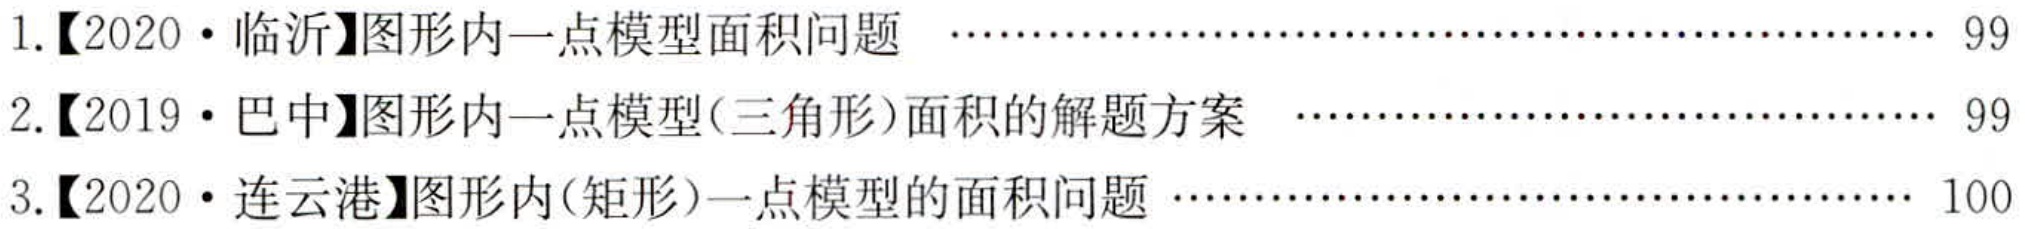
1.【2020 • 临沂】图形内一点模型面积问题  ……………………………………………… 99
2.【2019 • 巴中】图形内一点模型(三角形)面积的解题方案  ……………………………………… 99
3.【2020 • 连云港】图形内(矩形)一点模型的面积问题 …………………………………………… 100